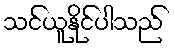
သင်ယူနိုင်ပါသည်